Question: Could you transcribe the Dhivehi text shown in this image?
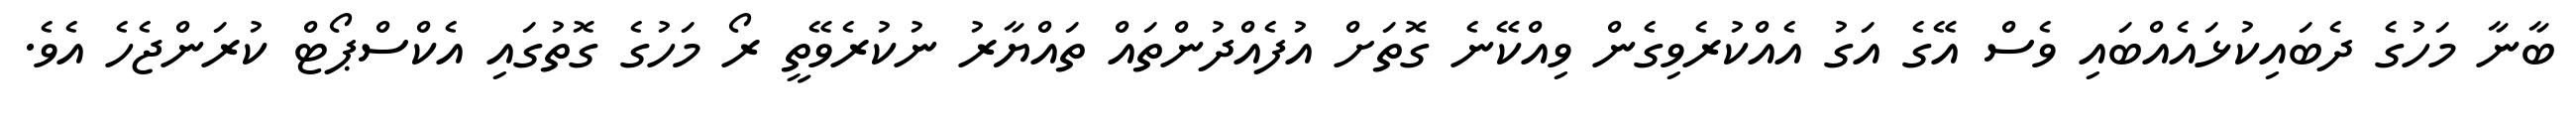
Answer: ބާނާ މަހުގެ ދެބައިކުޅައެއްބައި ވެސް އޭގެ އަގު އެއްކުރެވިގެން ވިއްކޭނެ ގޮތަށް އުފެއްދުންތައް ތައްޔާރު ނުކުރެވޭތީ ރޯ މަހުގެ ގޮތުގައި އެކްސްޕޯޓް ކުރަންޖެހެ އެވެ.